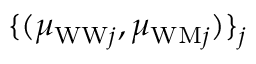
\{ ( \mu _ { \mathrm { W W } j } , \mu _ { \mathrm { W M } j } ) \} _ { j }